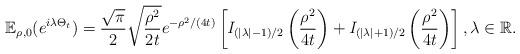
LaTeX: \begin{align*}\mathbb{E}_{\rho,0}(e^{i\lambda \Theta_t}) = \frac{\sqrt{\pi}}{2} \sqrt{\frac{\rho^2}{2t}}e^{-\rho^2/(4t)} \left[{\it I}_{(|\lambda| -1)/2}\left(\frac{\rho^2}{4t}\right) + {\it I}_{(|\lambda| +1)/2}\left(\frac{\rho^2}{4t}\right)\right], \lambda \in \mathbb{R}.\end{align*}